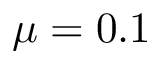
\mu = 0 . 1